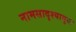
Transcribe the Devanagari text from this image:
नामसादृश्यामुळं